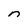
Character: n